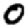
Digit: 0